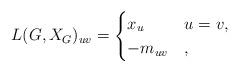
LaTeX: \begin{align*}L(G,X_G)_{uv}=\begin{cases}x_u& u=v,\\-m_{uv}& ,\end{cases}\end{align*}